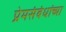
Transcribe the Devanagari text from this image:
प्रेमसंबंधांच्या